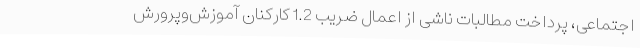
اجتماعی، پرداخت مطالبات ناشی از اعمال ضریب 1.2 کارکنان آموزش‌وپرورش